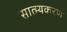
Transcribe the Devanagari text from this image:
सात्म्यकरण